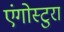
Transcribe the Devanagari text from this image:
एंगोस्टुरा